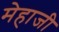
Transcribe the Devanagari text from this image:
मेहाजी